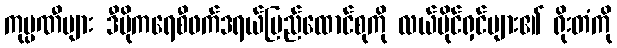
ကုမ္ပဏီများ ဒီမိုကရေစီဖက်ဒရယ်ပြည်ထောင်စုကို လယ်ပိုင်ရှင်များ၏ ရိုးတံကို